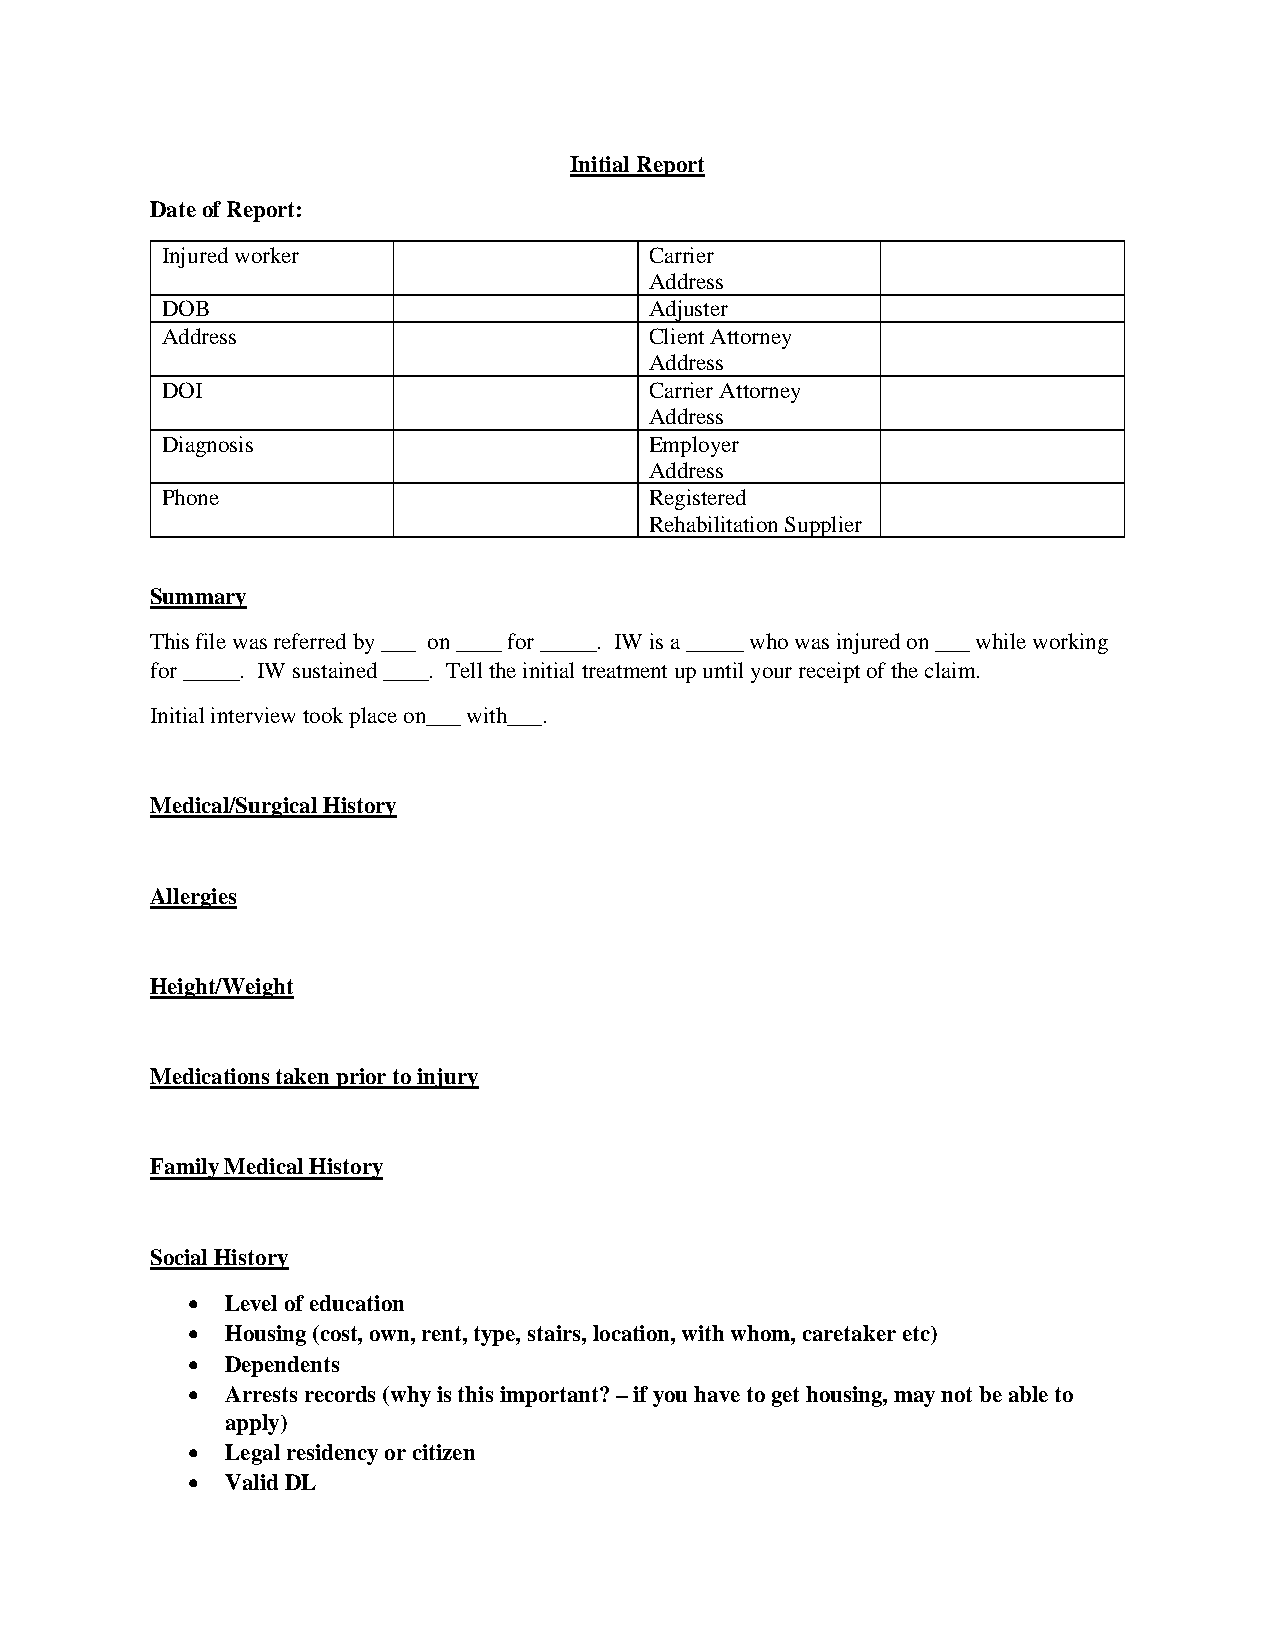
Initial Report
 Date of Report:
 Injured worker                  Carrier
 Address
 DOB                             Adjuster
 Address                         Client Attorney
 Address
 DOI                             Carrier Attorney
 Address
 Diagnosis                       Employer
 Address
 Phone                           Registered
 Rehabilitation Supplier
 Summary
 This file was referred by ___ on ____ for _____. IW is a _____ who was injured on ___ while working
 for _____. IW sustained ____. Tell the initial treatment up until your receipt of the claim.
 Initial interview took place on___ with___.
 Medical/Surgical History
 Allergies
 Height/Weight
 Medications taken prior to injury
 Family Medical History
 Social History
 •  Level of education
 •  Housing (cost, own, rent, type, stairs, location, with whom, caretaker etc)
 •  Dependents
 •  Arrests records (why is this important? – if you have to get housing, may not be able to
 apply)
 •  Legal residency or citizen
 •  Valid DL